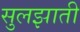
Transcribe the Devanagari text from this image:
सुलझाती